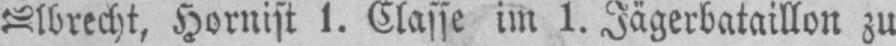
Hornist 1. Classe im 1. Jägerbataillon zu